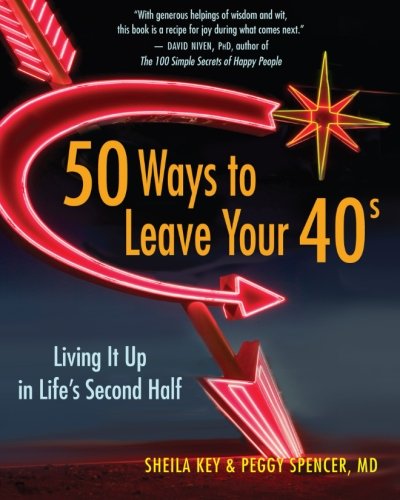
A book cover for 50 Ways to Leave Your 40s: Living It Up in Life's Second Half; Sheila Key; Self-Help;